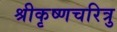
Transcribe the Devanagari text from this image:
श्रीकृष्णचरित्रु